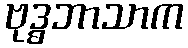
ဗုဒ္ဓဘာသာက